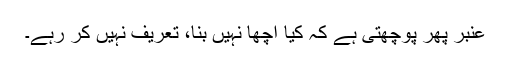
عنبر پھر پوچھتی ہے کہ کیا اچھا نہیں بنا، تعریف نہیں کر رہے۔